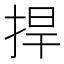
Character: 捍